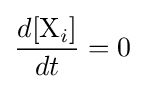
{\frac {d[{\ce {X}}_{i}]}{dt}}=0